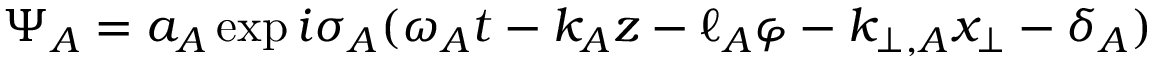
\Psi _ { A } = a _ { A } \exp i \sigma _ { A } ( \omega _ { A } t - k _ { A } z - \ell _ { A } \varphi - k _ { \perp , A } x _ { \perp } - \delta _ { A } )